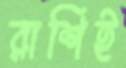
রাশিই